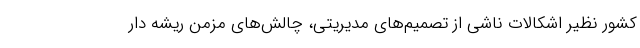
کشور نظیر اشکالات ناشی از تصمیم‌های مدیریتی، چالش‌های مزمن ریشه دار